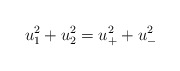
\begin{align*}\begin{aligned}u_1^2 + u_2^2 = u_+^2 + u_-^2 \\\end{aligned}\end{align*}